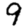
Digit: 9